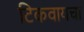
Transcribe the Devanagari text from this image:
टिकवायचा